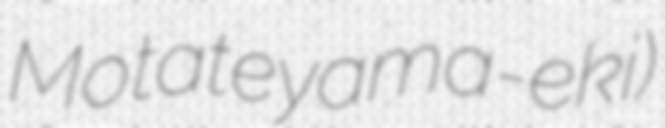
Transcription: Motateyama-eki)